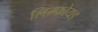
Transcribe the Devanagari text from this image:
लिम्फोयड